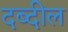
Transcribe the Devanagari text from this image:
दब्दील